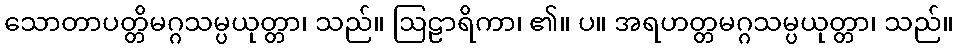
သောတာပတ္တိမဂ္ဂသမ္ပယုတ္တာ၊ သည်။ ဩဠာရိကာ၊ ၏။ ပ။ အရဟတ္တမဂ္ဂသမ္ပယုတ္တာ၊ သည်။